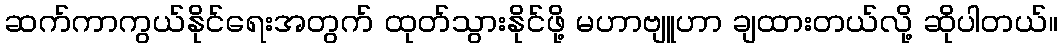
ဆက်ကာကွယ်နိုင်ရေးအတွက် ထုတ်သွားနိုင်ဖို့ မဟာဗျူဟာ ချထားတယ်လို့ ဆိုပါတယ်။